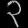
Digit: ၃